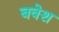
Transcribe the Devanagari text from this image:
बवेश